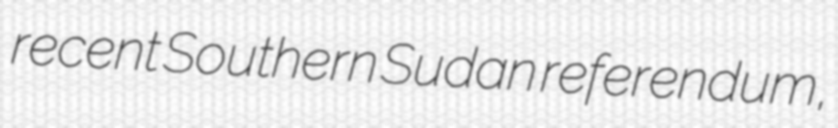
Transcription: recent Southern Sudan referendum,